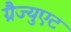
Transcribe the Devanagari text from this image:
ग्रैज्युएट